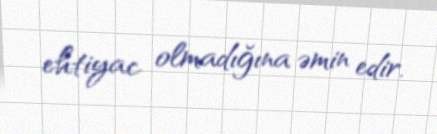
ehtiyac olmadığına əmin edir.